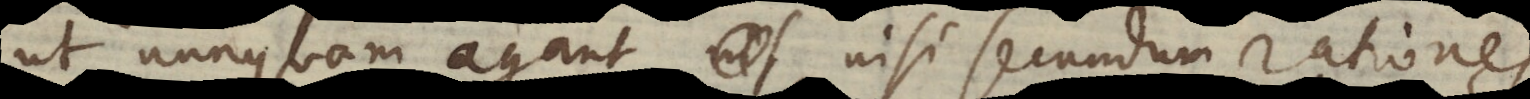
ut nunquam agant nisi secundum rationes